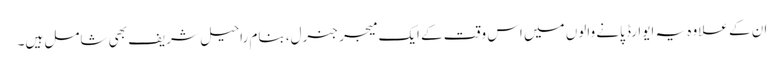
ان کے علاوہ یہ ایوارڈ پانے والوں میں اس وقت کے ایک میجر جنرل، بنام راحیل شریف بھی شامل ہیں۔